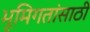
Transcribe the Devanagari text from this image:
भूमिगतांसाठी